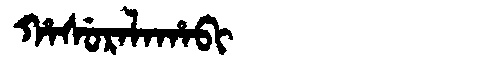
Manchu: ᡥᠠᠰᡠᡵᠠᠯᠠᡥᠠᠪᡳ
Romanization: HASURALAHABI